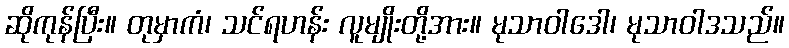
ဆိုကုန်ပြီး။ တုမှာကံ၊ သင်ရဟန်း လူမျိုးတို့အား။ မုသာဝါဒေါ၊ မုသာဝါဒသည်။